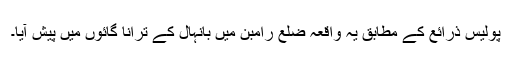
پولیس ذرائع کے مطابق یہ واقعہ ضلع رامبن میں بانہال کے ترانا گائوں میں پیش آیا۔